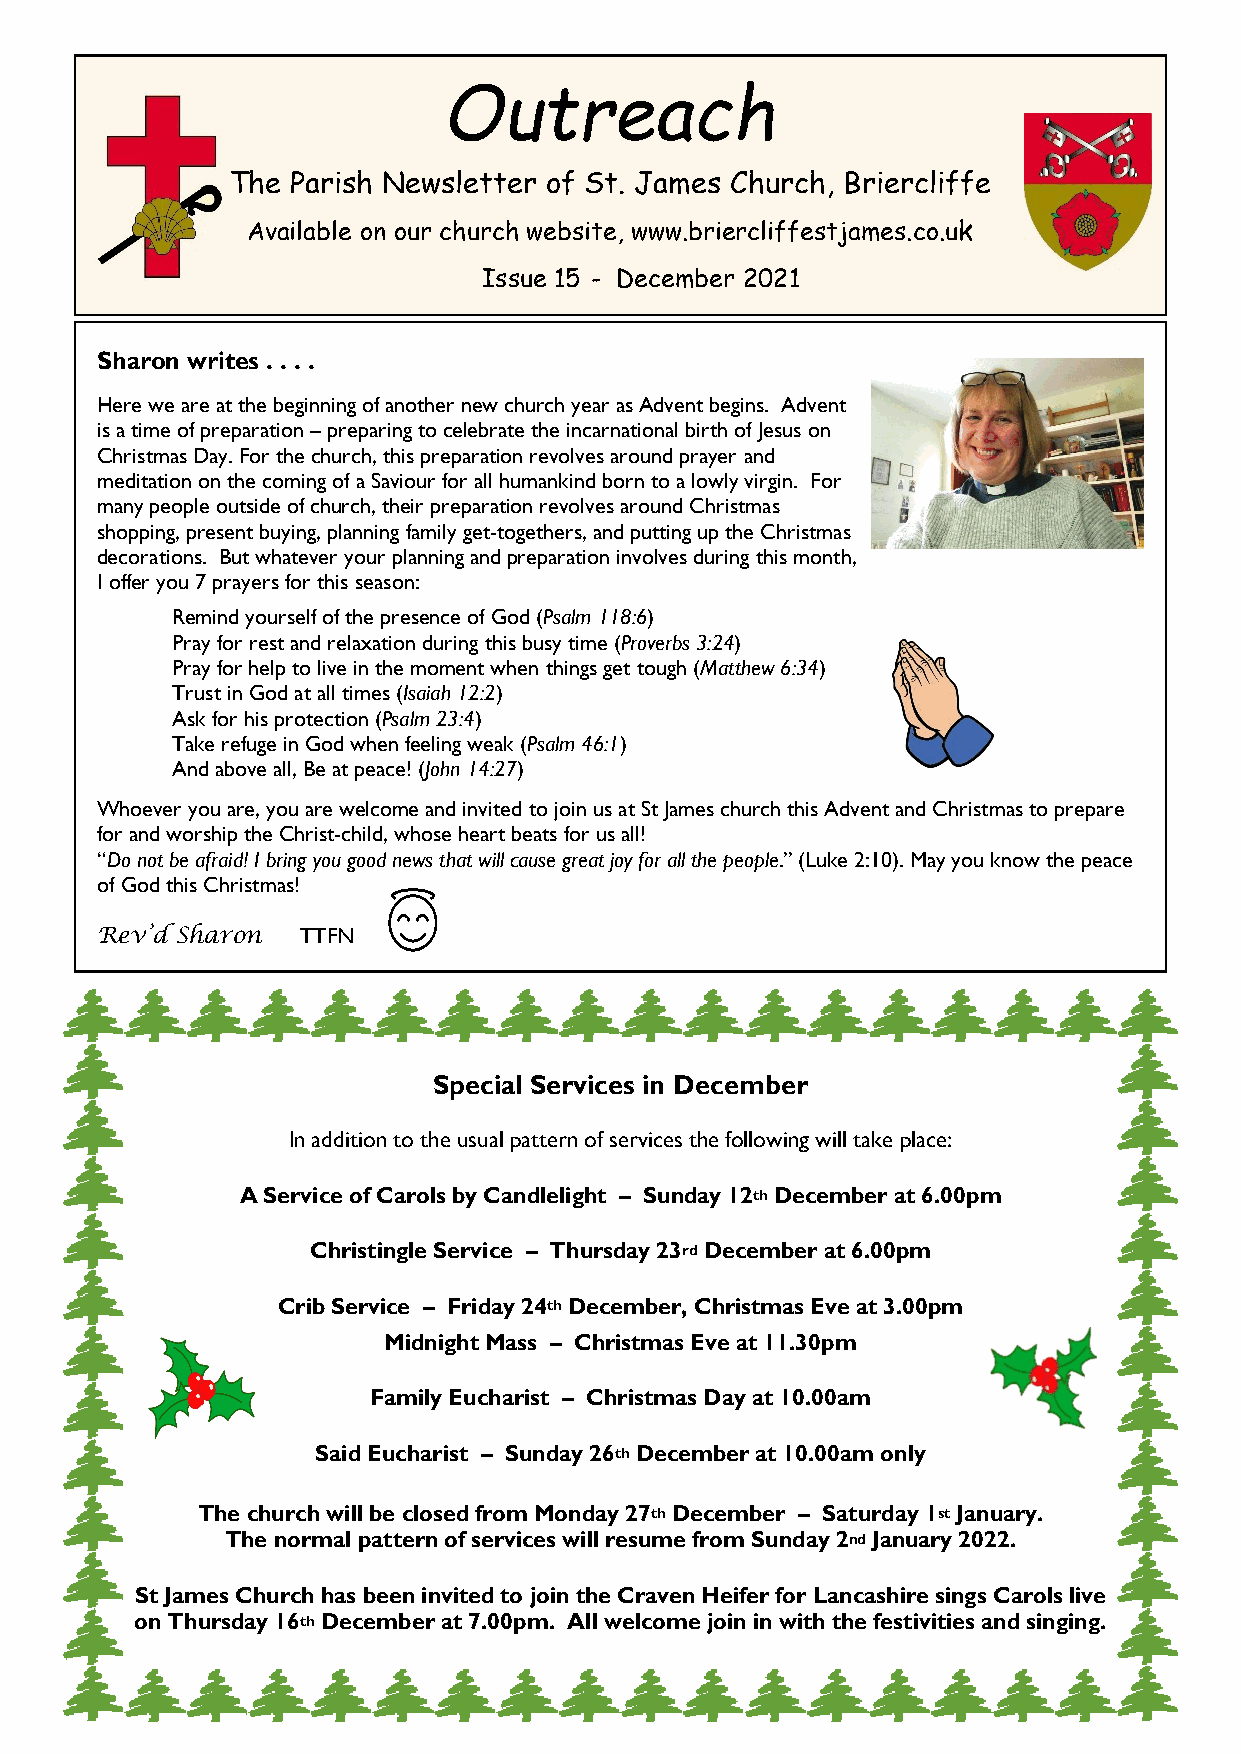
Outreach
 The Parish Newsletter of St. James Church, Briercliffe
 Available on our church website, www.briercliffestjames.co.uk
 Issue 15 - December 2021
 Sharon writes . . . .
 Here we are at the beginning of another new church year as Advent begins. Advent
 is a time of preparation – preparing to celebrate the incarnational birth of Jesus on
 Christmas Day. For the church, this preparation revolves around prayer and
 meditation on the coming of a Saviour for all humankind born to a lowly virgin. For
 many people outside of church, their preparation revolves around Christmas
 shopping, present buying, planning family get-togethers, and putting up the Christmas
 decorations. But whatever your planning and preparation involves during this month,
 I offer you 7 prayers for this season:
 Remind yourself of the presence of God (Psalm 118:6)
 Pray for rest and relaxation during this busy time (Proverbs 3:24)
 Pray for help to live in the moment when things get tough (Matthew 6:34)
 Trust in God at all times (Isaiah 12:2)
 Ask for his protection (Psalm 23:4)
 Take refuge in God when feeling weak (Psalm 46:1)
 And above all, Be at peace! (John 14:27)
 Whoever you are, you are welcome and invited to join us at St James church this Advent and Christmas to prepare
 for and worship the Christ-child, whose heart beats for us all!
 “Do not be afraid! I bring you good news that will cause great joy for all the people.” (Luke 2:10). May you know the peace
 of God this Christmas!
 Rev’d Sharon  TTFN
 Special Services in December
 In addition to the usual pattern of services the following will take place:
 A Service of Carols by Candlelight – Sunday 12th December at 6.00pm
 Christingle Service – Thursday 23rd December at 6.00pm
 Crib Service – Friday 24th December, Christmas Eve at 3.00pm
 Midnight Mass – Christmas Eve at 11.30pm
 Family Eucharist – Christmas Day at 10.00am
 Said Eucharist – Sunday 26th December at 10.00am only
 The church will be closed from Monday 27th December – Saturday 1st January.
 The normal pattern of services will resume from Sunday 2nd January 2022.
 St James Church has been invited to join the Craven Heifer for Lancashire sings Carols live
 on Thursday 16th December at 7.00pm. All welcome join in with the festivities and singing.